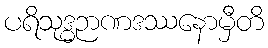
ပရိသုဒ္ဓဉာဏဒဿနောမှီတိ